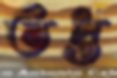
তপ্ত